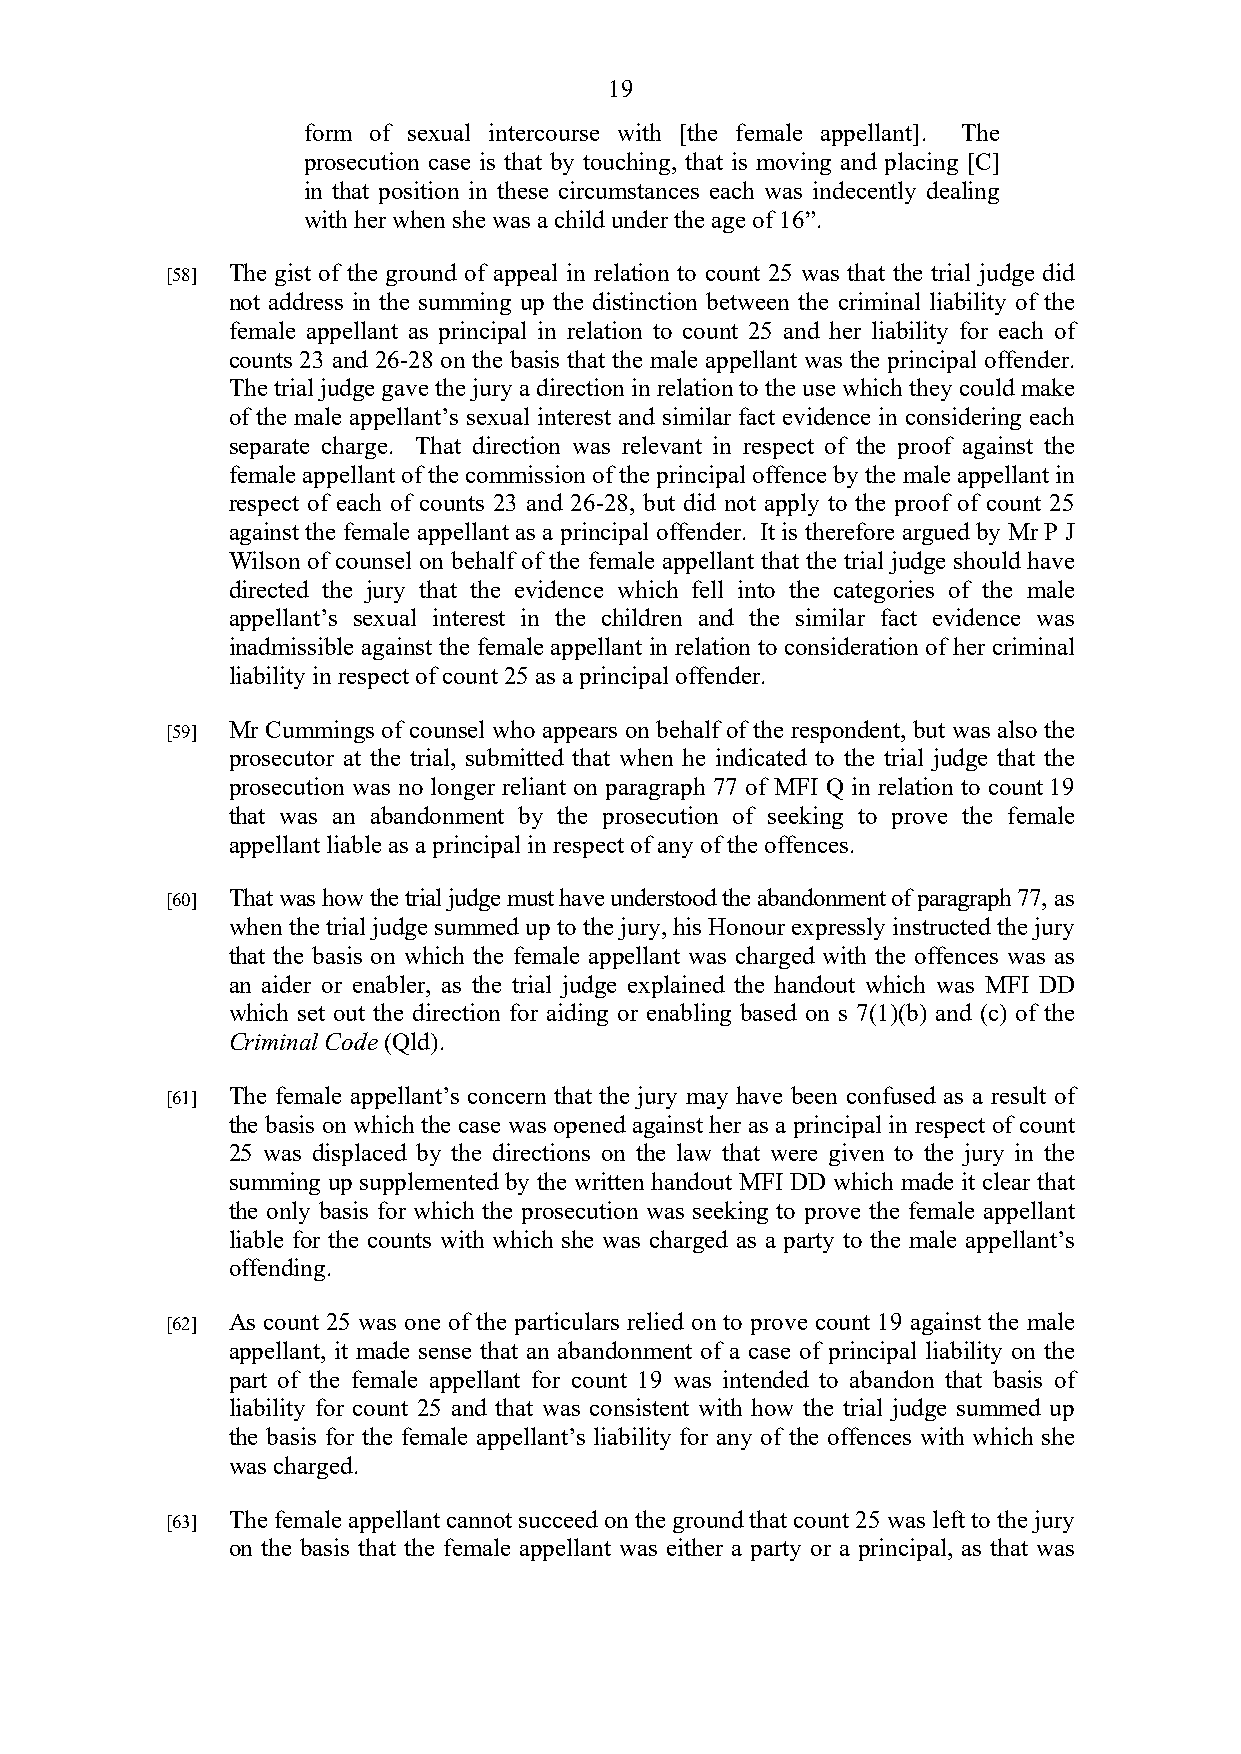
19
 form of sexual intercourse with [the female appellant]. The
 prosecution case is that by touching, that is moving and placing [C]
 in that position in these circumstances each was indecently dealing
 with her when she was a child under the age of 16”.
 [58] The gist of the ground of appeal in relation to count 25 was that the trial judge did
 not address in the summing up the distinction between the criminal liability of the
 female appellant as principal in relation to count 25 and her liability for each of
 counts 23 and 26-28 on the basis that the male appellant was the principal offender.
 The trial judge gave the jury a direction in relation to the use which they could make
 of the male appellant’s sexual interest and similar fact evidence in considering each
 separate charge. That direction was relevant in respect of the proof against the
 female appellant of the commission of the principal offence by the male appellant in
 respect of each of counts 23 and 26-28, but did not apply to the proof of count 25
 against the female appellant as a principal offender. It is therefore argued by Mr P J
 Wilson of counsel on behalf of the female appellant that the trial judge should have
 directed the jury that the evidence which fell into the categories of the male
 appellant’s sexual interest in the children and the similar fact evidence was
 inadmissible against the female appellant in relation to consideration of her criminal
 liability in respect of count 25 as a principal offender.
 [59] Mr Cummings of counsel who appears on behalf of the respondent, but was also the
 prosecutor at the trial, submitted that when he indicated to the trial judge that the
 prosecution was no longer reliant on paragraph 77 of MFI Q in relation to count 19
 that was an abandonment by the prosecution of seeking to prove the female
 appellant liable as a principal in respect of any of the offences.
 [60] That was how the trial judge must have understood the abandonment of paragraph 77, as
 when the trial judge summed up to the jury, his Honour expressly instructed the jury
 that the basis on which the female appellant was charged with the offences was as
 an aider or enabler, as the trial judge explained the handout which was MFI DD
 which set out the direction for aiding or enabling based on s 7(1)(b) and (c) of the
 Criminal Code (Qld).
 [61] The female appellant’s concern that the jury may have been confused as a result of
 the basis on which the case was opened against her as a principal in respect of count
 25 was displaced by the directions on the law that were given to the jury in the
 summing up supplemented by the written handout MFI DD which made it clear that
 the only basis for which the prosecution was seeking to prove the female appellant
 liable for the counts with which she was charged as a party to the male appellant’s
 offending.
 [62] As count 25 was one of the particulars relied on to prove count 19 against the male
 appellant, it made sense that an abandonment of a case of principal liability on the
 part of the female appellant for count 19 was intended to abandon that basis of
 liability for count 25 and that was consistent with how the trial judge summed up
 the basis for the female appellant’s liability for any of the offences with which she
 was charged.
 [63] The female appellant cannot succeed on the ground that count 25 was left to the jury
 on the basis that the female appellant was either a party or a principal, as that was